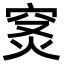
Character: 𥥦